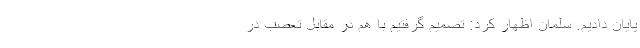
پایان دادیم. سلمان اظهار کرد: تصمیم گرفتیم با هم در مقابل تعصب در